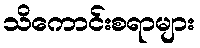
သိကောင်းစရာများ